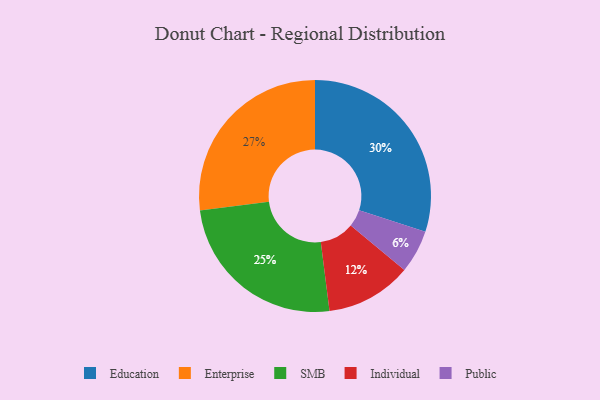
{"axis": {"x": "Category", "y": "Percentage"}, "legend": ["Education", "Enterprise", "Individual", "Public", "SMB"], "data": [{"x": "SMB", "y": 25, "type": "SMB"}, {"x": "Public", "y": 6, "type": "Public"}, {"x": "Education", "y": 30, "type": "Education"}, {"x": "Individual", "y": 12, "type": "Individual"}, {"x": "Enterprise", "y": 27, "type": "Enterprise"}]}